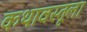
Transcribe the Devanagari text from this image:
कथावस्तूला